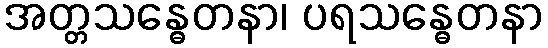
အတ္တသန္ဓေတနာ၊ ပရသန္ဓေတနာ